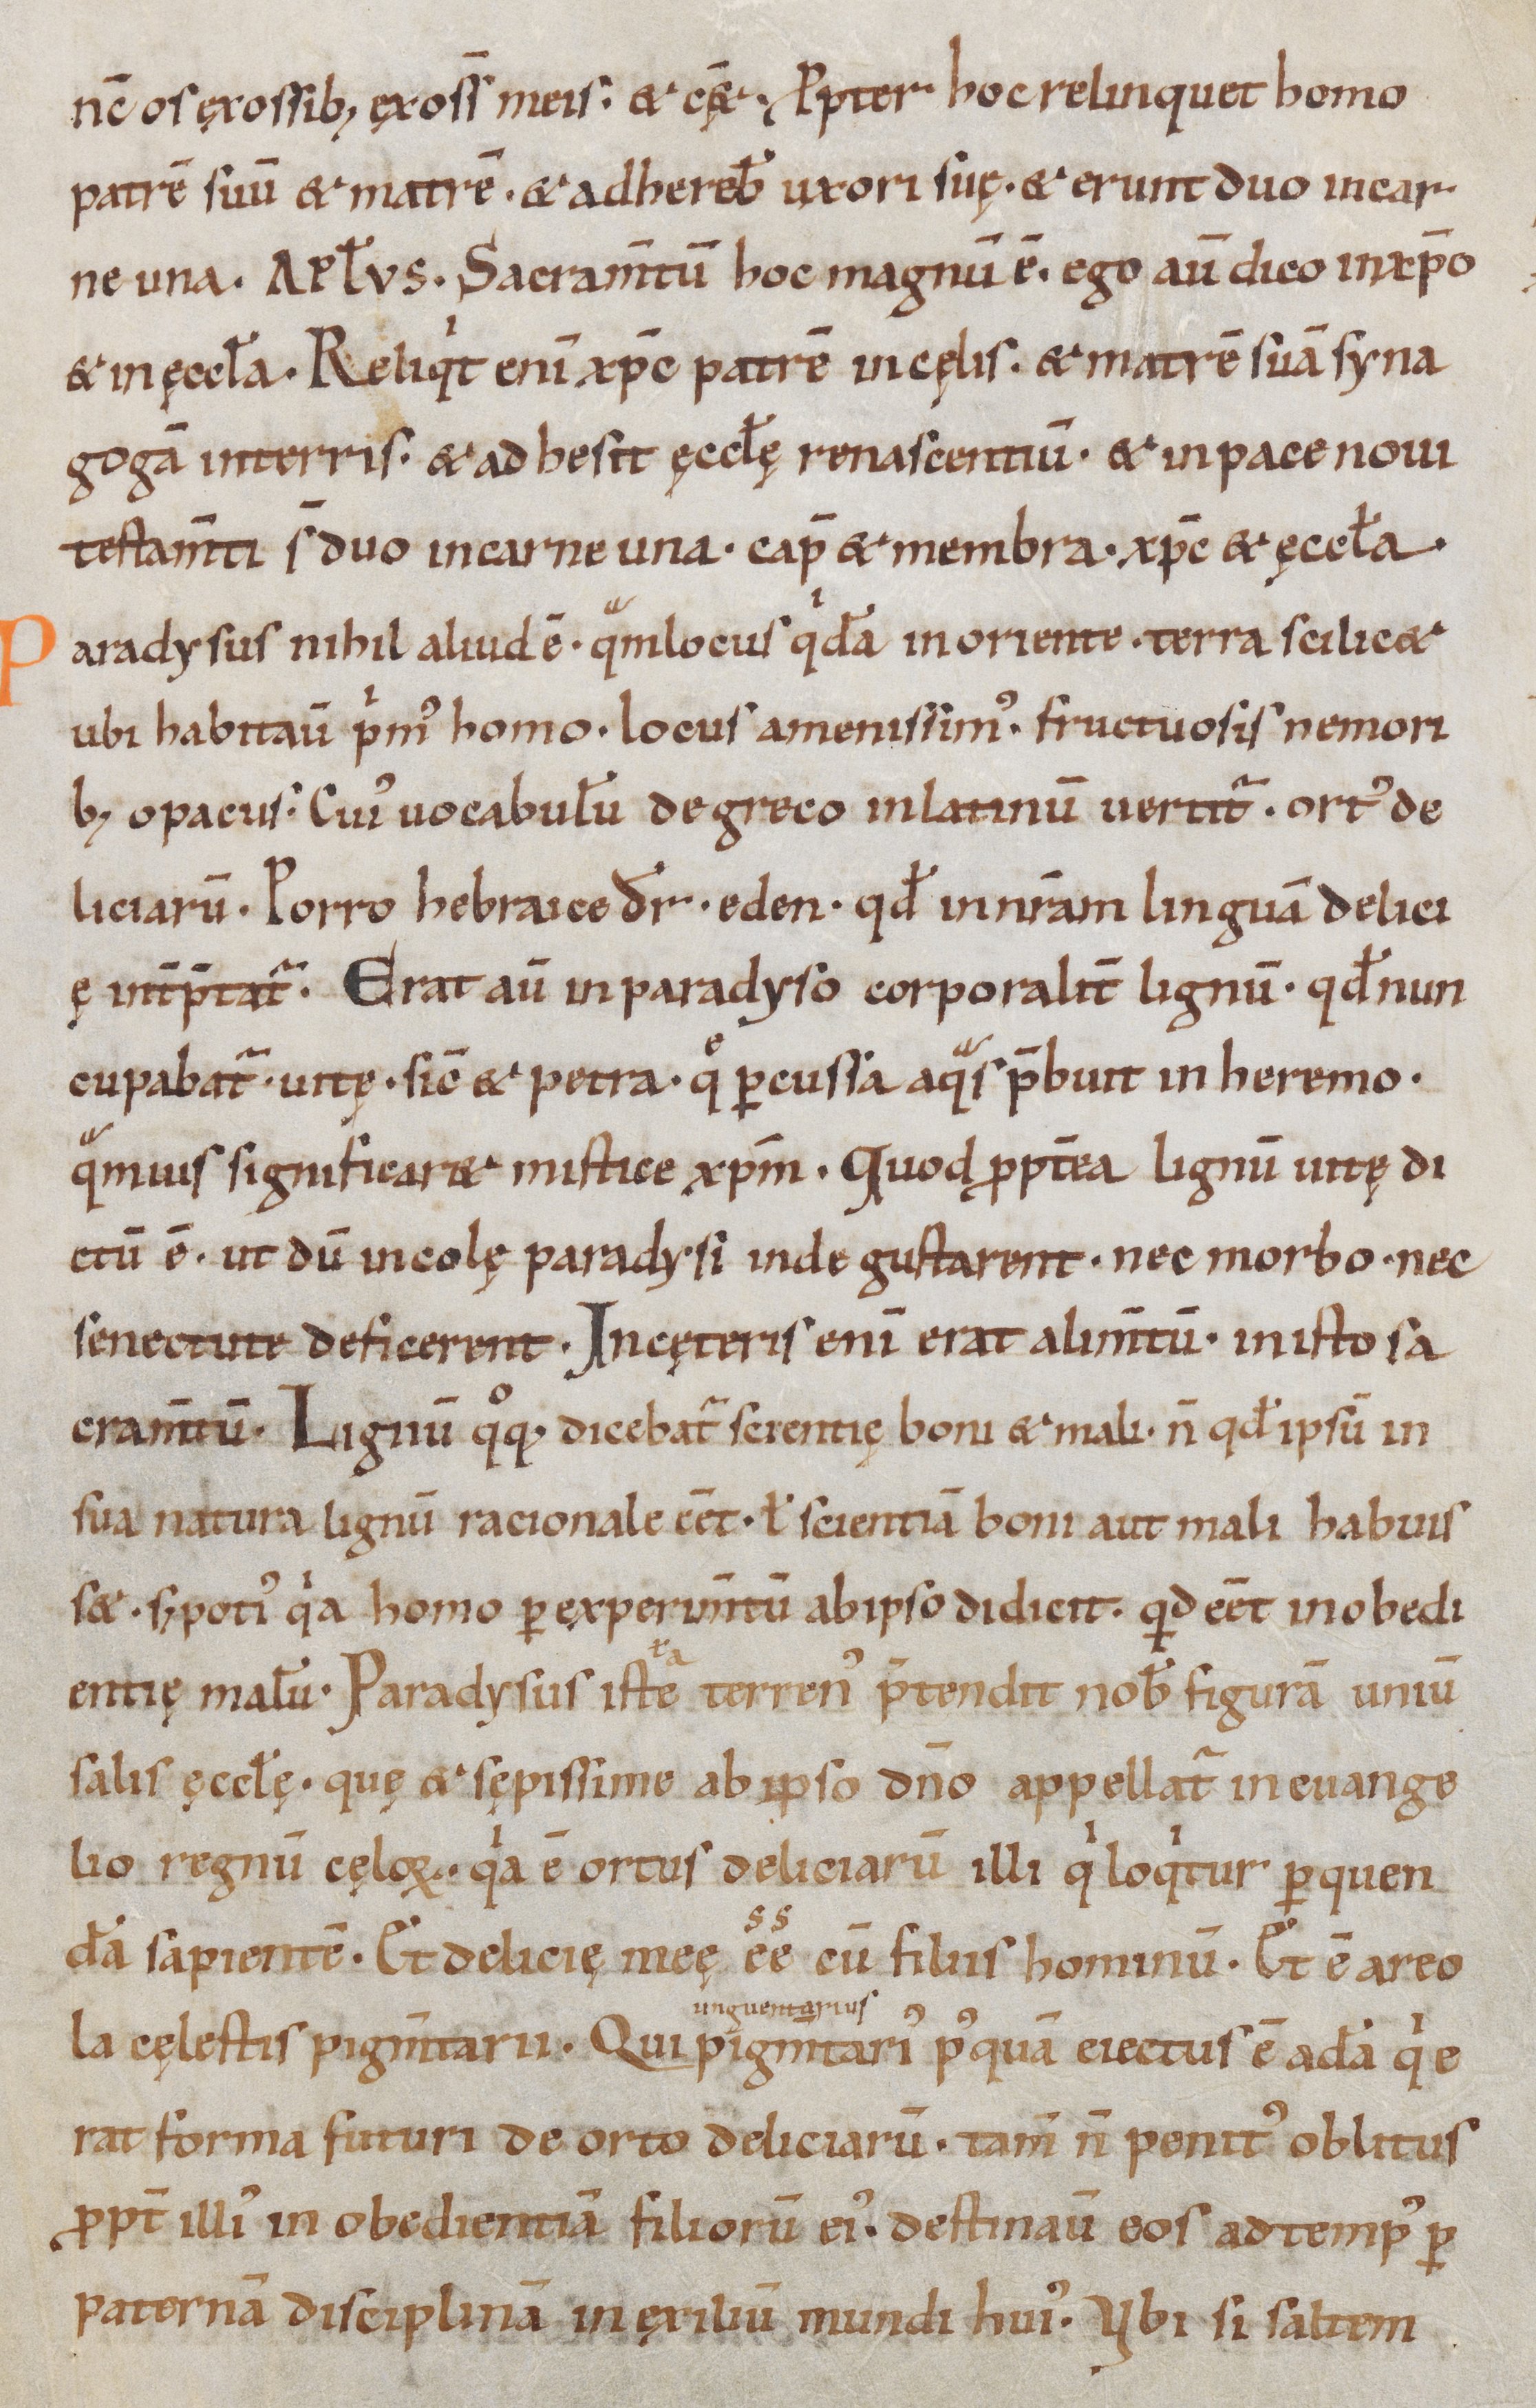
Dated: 1000–1099